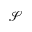
\mathcal S